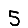
Digit: 5